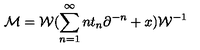
{ \cal M } = { \cal W } ( \sum _ { n = 1 } ^ { \infty } n t _ { n } \partial ^ { - n } + x ) { \cal W } ^ { - 1 }